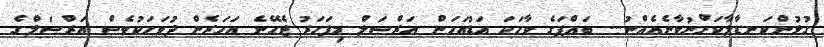
ގުޅުންކަނޑާލާކަށްނުވާނެއެއްނު... ބައްޕަގެ ވާހަކަ އަޑުއަހަން އަރްސަލް މިފަހަރު ޖެހޭނެ އަހަރެން ދުވަހަކުވެސް އަރްސަލްގެ